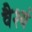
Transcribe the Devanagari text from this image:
वैश्यं